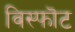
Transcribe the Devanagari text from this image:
विस्फॊट